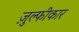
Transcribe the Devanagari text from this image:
ज़ुल्फीकार